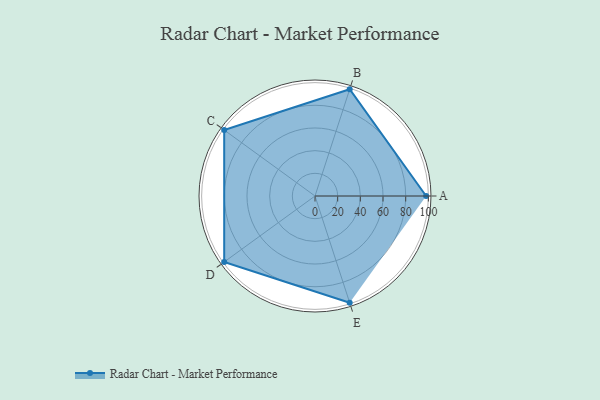
{"axis": {"x": "Skill", "y": "Score"}, "legend": ["Profile"], "data": [{"x": "A", "y": 98.0, "type": "Profile"}, {"x": "B", "y": 99, "type": "Profile"}, {"x": "C", "y": 99, "type": "Profile"}, {"x": "D", "y": 99, "type": "Profile"}, {"x": "E", "y": 99, "type": "Profile"}]}